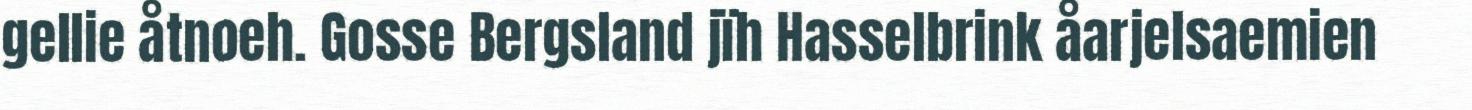
gellie åtnoeh. Gosse Bergsland jïh Hasselbrink åarjelsaemien